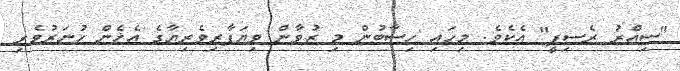
"ސިއްރު ރެސިޕީ" އެކެވެ. މިހައި ހިސާބުން މި ޒުވާން ވިޔަފާރިވެރިޔާގެ އެހެން ހުނަރުވެރި